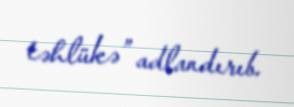
təhlükə” adlandırıb.